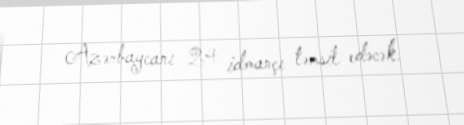
Azərbaycanı 24 idmançı təmsil edəcək.